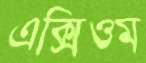
এক্সিওম